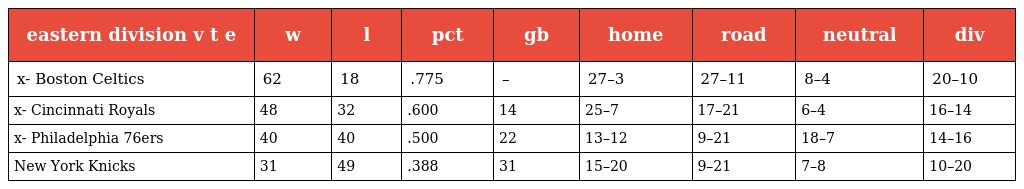
| eastern division v t e | w | l | pct | gb | home | road | neutral | div |
 | --- | --- | --- | --- | --- | --- | --- | --- | --- |
 | x- Boston Celtics | 62 | 18 | .775 | – | 27–3 | 27–11 | 8–4 | 20–10 |
 | x- Cincinnati Royals | 48 | 32 | .600 | 14 | 25–7 | 17–21 | 6–4 | 16–14 |
 | x- Philadelphia 76ers | 40 | 40 | .500 | 22 | 13–12 | 9–21 | 18–7 | 14–16 |
 | New York Knicks | 31 | 49 | .388 | 31 | 15–20 | 9–21 | 7–8 | 10–20 |